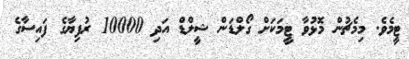
ޓީމެވެ. މިމެޗުން މޮޅުވާ ޓީމަކަށް ގޯލްޑަން ޝީލްޑް އަދި 10000 ރުފިޔާގެ ފައިސާގެ